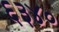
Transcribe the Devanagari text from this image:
६३४०